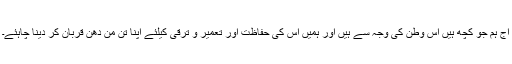
آج ہم جو کچھ ہیں اس وطن کی وجہ سے ہیں اور ہمیں اس کی حفاظت اور تعمیر و ترقی کیلئے اپنا تن من دھن قربان کر دینا چاہئے۔